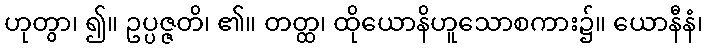
ဟုတွာ၊ ၍။ ဥပ္ပဇ္ဇတိ၊ ၏။ တတ္ထ၊ ထိုယောနိဟူသောစကား၌။ ယောနီနံ၊